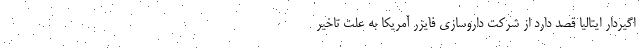
اگیردار ایتالیا قصد دارد از شرکت داروسازی فایزر آمریکا به علت تاخیر